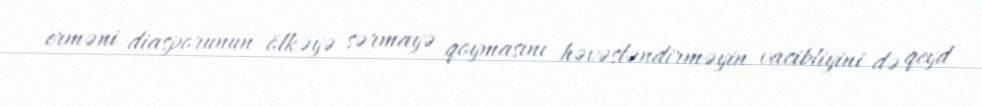
erməni diasporunun ölkəyə sərmayə qoymasını həvəsləndirməyin vacibliyini də qeyd